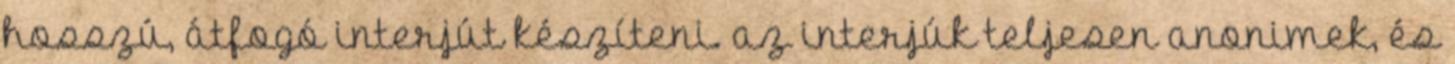
hosszú, átfogó interjút készíteni. az interjúk teljesen anonimek, és